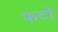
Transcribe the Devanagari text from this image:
फटों